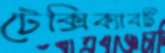
টেক্সিক্যাবটি